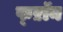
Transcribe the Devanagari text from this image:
फ्ऱॉन